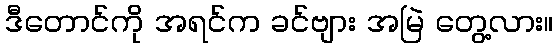
ဒီတောင်ကို အရင်က ခင်ဗျား အမြဲ တွေ့လား။